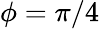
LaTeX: \phi=\pi/4